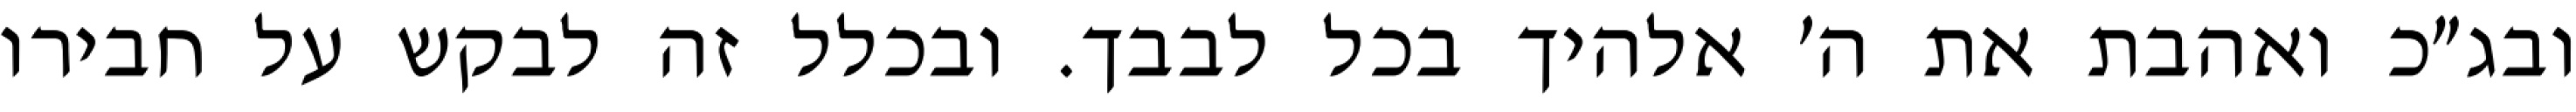
ובג״כ ואהבת את ה׳ אלהיך בכל לבבך. ובכלל זה לבקש על חבירו